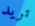
تريد